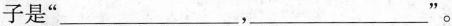
子是”___，___”。